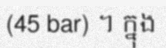
(45 bar) ។ ក្នុង